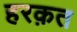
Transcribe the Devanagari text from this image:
हरक़त